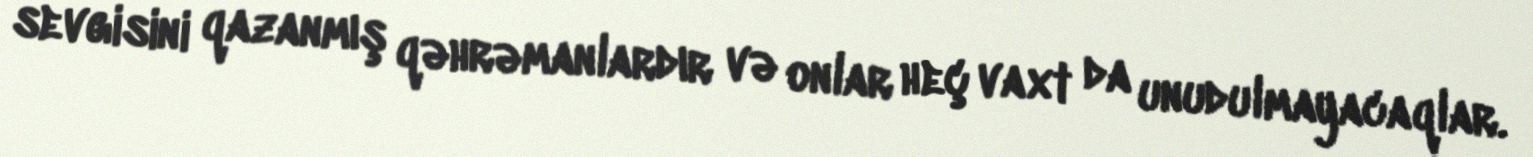
sevgisini qazanmış qəhrəmanlardır və onlar heç vaxt da unudulmayacaqlar.